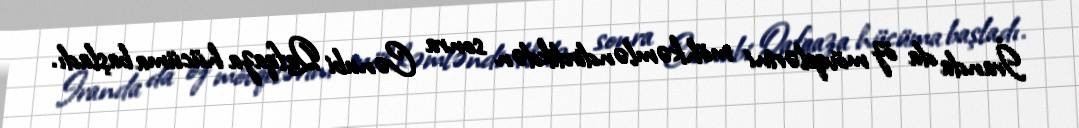
İranda da öz mövqelərini möhkəmləndirdikdən sonra Cənubi Qafqaza hücüma başladı.